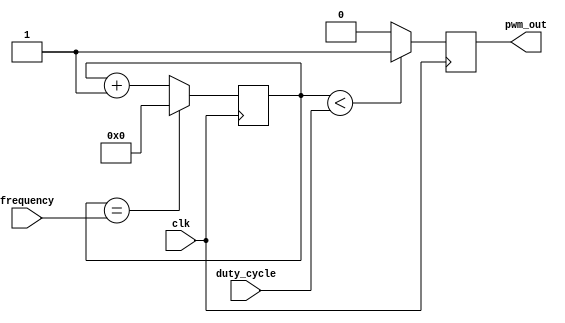
module PWM_Generator(
    input wire clk,
    input wire [7:0] duty_cycle,
    input wire [15:0] frequency,
    output reg pwm_out
);

reg [15:0] counter;
reg [7:0] threshold;

always @(posedge clk) begin
    counter <= counter + 1;
    if (counter == frequency) begin
        counter <= 0;
    end
    
    if (counter < duty_cycle) begin
        pwm_out <= 1;
    end else begin
        pwm_out <= 0;
    end
end

endmodule